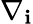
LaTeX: \nabla_{\mathbf{i}}